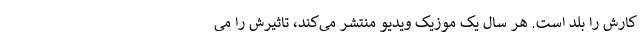
کارش را بلد است. هر سال یک موزیک ویدیو منتشر می‌کند، تاثیرش را می